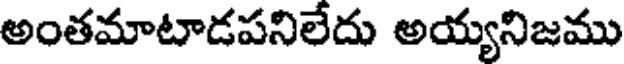
అంతమాటాడపనిలేదు అయ్యనిజము